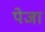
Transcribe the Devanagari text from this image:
पेजा